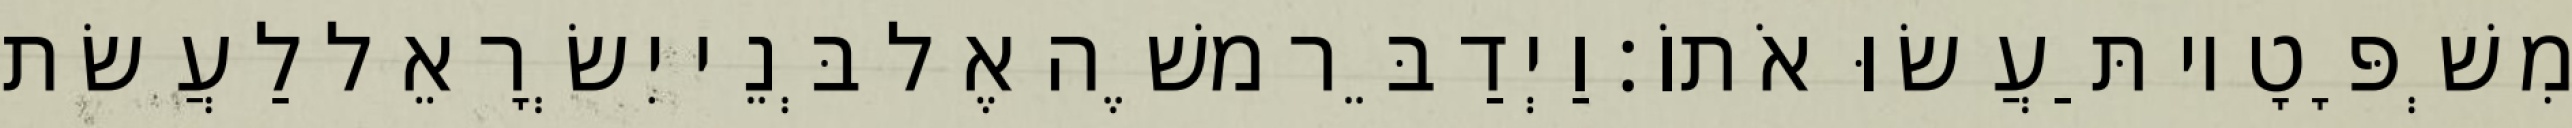
מִשְׁפָּטָיו תַּעֲשׂוּ אֹתוֹ׃ וַיְדַבֵּר משֶׁה אֶל בְּנֵי יִשְׂרָאֵל לַעֲשׂת